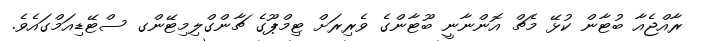
ރާއްޖެއާ ބުޓާން ކުޅޭ މެޗް އޮންނާނީ ބޫޓާންގެ ވެރިރަށް ޓިމްޕޫގެ ޗާންގްލިމިޓޭންގ ސްޓޭޑިއަމްގައެވެ.